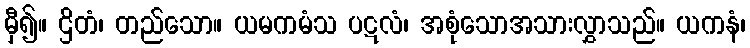
မှီ၍။ ဌိတံ၊ တည်သော။ ယမကမံသ ပဋလံ၊ အစုံသောအသားလွှာသည်။ ယကနံ၊